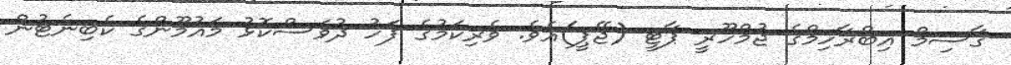
ގާސިމް އިބްރާހިމްގެ ޖުމްހޫރީ ޕާޓީ (ޖޭޕީ)އެވެ. ވެރިކަމުގެ ފަހު ދުވަސްކޮޅު މައުމޫންގެ ކެބިނެޓުން